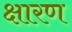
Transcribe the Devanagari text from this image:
क्षारण